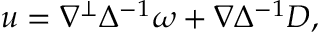
\boldsymbol { u } = \nabla ^ { \perp } \Delta ^ { - 1 } \omega + \nabla \Delta ^ { - 1 } D ,